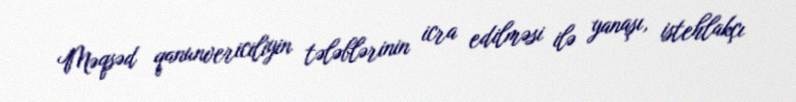
Məqsəd qanunvericiliyin tələblərinin icra edilməsi ilə yanaşı, istehlakçı